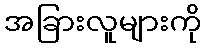
အခြားလူများကို